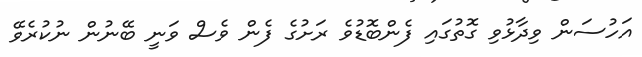
އަހުސަން ވިދާޅުވި ގޮތުގައި ފެންބޮޑުވެ ރަށުގެ ފެން ވެސް ވަނީ ބޭނުން ނުކުރެވޭ